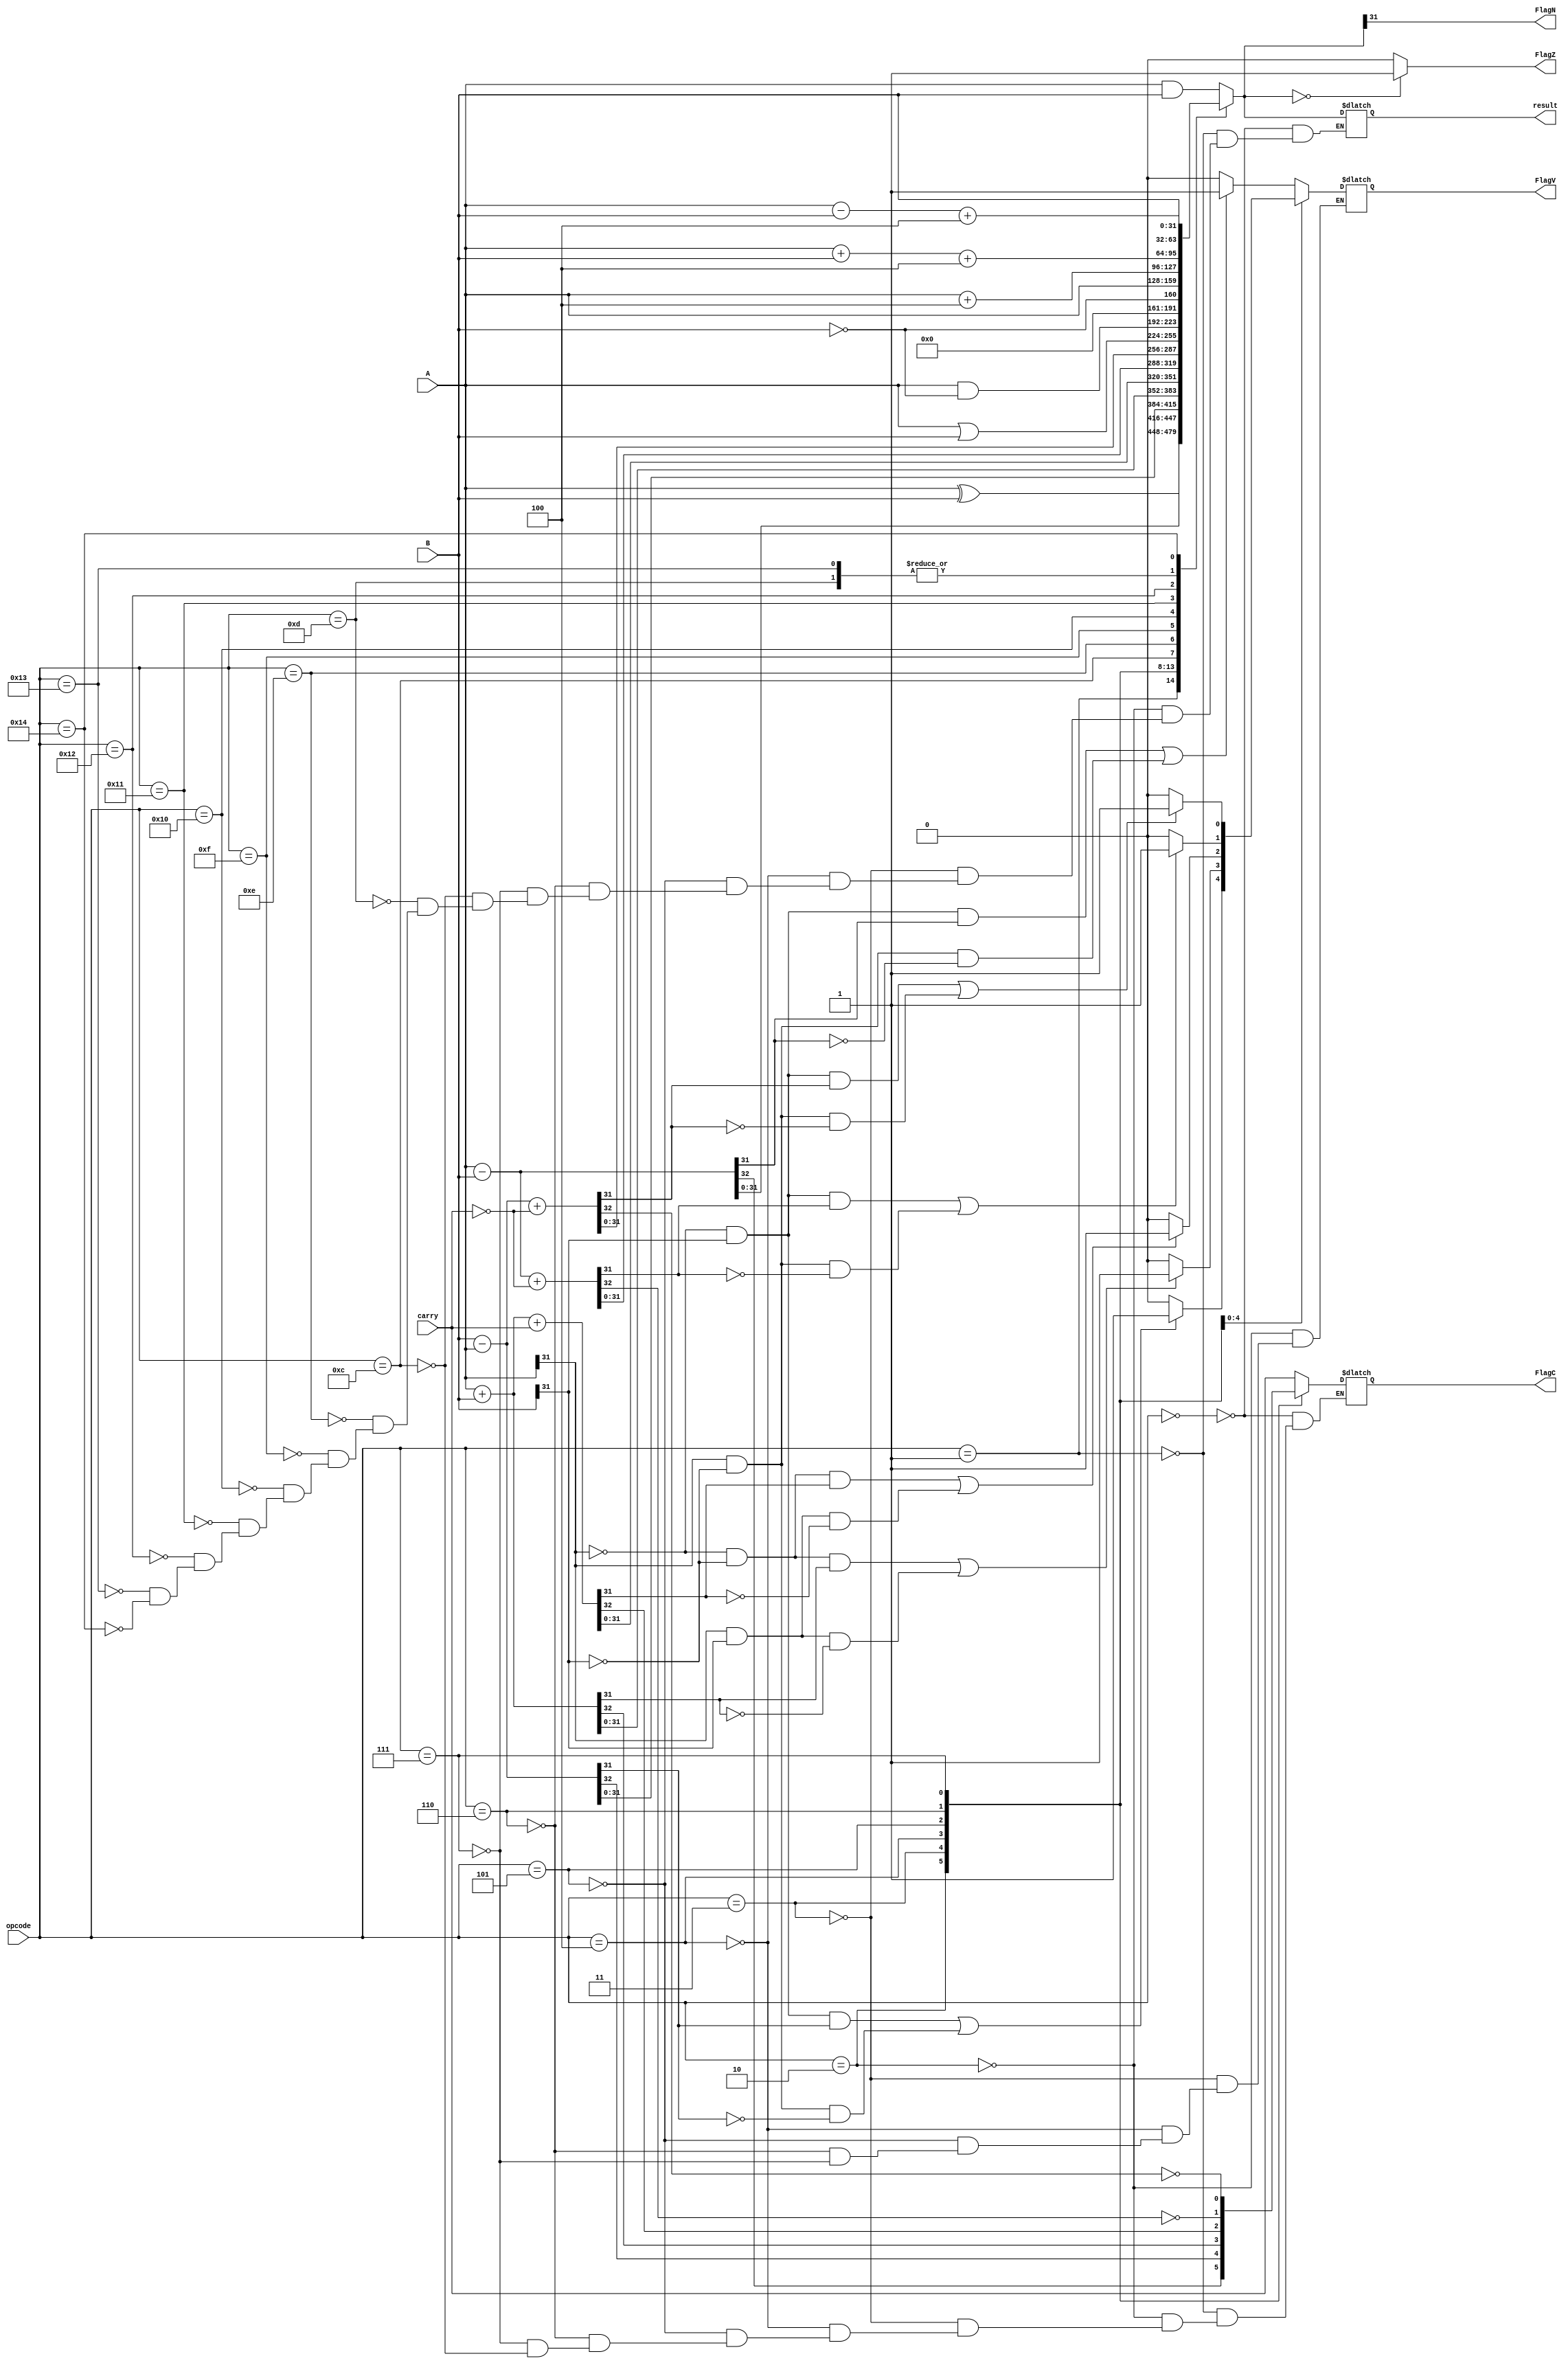
// Arithmetic Logic Unit
//September 30, 2016. Bryan Vazquez

module ALU(output reg [31:0] result, output reg FlagZ, FlagN, FlagC, FlagV, input [31:0] A, B, input [4:0] opcode, input carry);

reg signed [31:0] sA;
reg signed [31:0] sB;

always @(A, B, carry, opcode)
	 begin
	 	sA = A;
		sB = B;
		case (opcode)
			5'b00000:	//AND Logical 
				begin
					result = A & B;
					FlagC = carry;
				end
				
			5'b00001:	// XOR Logical  
				begin
					result = A ^ B;
					FlagC = carry;
				end
			5'b00010:	//Substract
				begin
					{FlagC, result} = A - B;
					//FlagC = ~FlagC;// C = NOT borrow (A-B)
					//Check for Overflow
					check_overflow_sub();
				end
			5'b00011:	//Reverse Sub
				begin
					{FlagC, result} = B - A;
					//FlagC = ~FlagC;// C = NOT borrow (A-B)
					//Check for Overflow
					check_overflow_sub();
				end
			5'b00100:	//Add
				begin
					{FlagC, result} = A + B;
					//Check for Overflow
					check_overflow_add();
				end
			5'b00101:	//Add Carry
				begin
					{FlagC, result} = A + B + carry;
					//Check for Overflow
					check_overflow_add();
				end
			5'b00110:	//Subtract Carry
				begin
					{FlagC, result} = A - B + (~carry);
					FlagC = ~FlagC;
					//Check for Overflow
					check_overflow_sub();
				end
			5'b00111:	//Reverse Sub Carry
				begin
					{FlagC, result} = B - A + (~carry);
					FlagC = ~FlagC;
					//Check for Overflow
					check_overflow_sub();
				end
			5'b01000:	//Test
				begin
					{FlagZ, FlagN} =  A & B;
				end
			5'b01001:	//Test Equivalence
				begin
					{FlagZ, FlagN} =  A ^ B;
				end
			5'b01010:	//Compare
				begin
					{FlagZ, FlagN} =  A - B;
				end
			5'b01011:	//Compare Negate
				begin
					{FlagZ, FlagN} =  A + B;
				end
			5'b01100:	//OR Logical
				begin
					result = A | B;
					FlagC = carry;
				end
			5'b01101:	//Move
				begin
					result = B;
				end
			5'b01110:	//Bit Clear
				begin
					result = A & !B;
				end
			5'b01111:	//Move Not
				begin
					result = !B;
				end
			5'b10000:	//A
				begin
					result = A;
				end
			5'b10001:	//A + 4
				begin
					result = A + 4;
				end
			5'b10010:	//A + B + 4
				begin
					result = A + B + 4;
				end
			5'b10011:	//B
				begin
					result = B;
					//$display("B result: ", result);
				end
			5'b10100:	//A - B + 4
				begin
					result = A - B + 4;
				end
		endcase
		//Update Flags
		FlagN = result[31];
		if(result == 0)	FlagZ =1;
		else FlagZ = 0;			
	end


//Declare functions

task check_overflow_add;
begin
	if((A[31] == 0 && B[31] == 0 && result[31] == 1) || (A[31] == 1 && B[31] == 1 && result[31] == 0))
		FlagV = 1;
	else 
		FlagV = 0;
	
end
endtask

task check_overflow_sub;
begin
	if((A[31] == 0 && B[31] == 1 && result[31] == 1) || (A[31] == 1 && B[31] == 0 && result[31] == 0))
		FlagV = 1;
	else 
		FlagV = 0;
end
endtask

endmodule